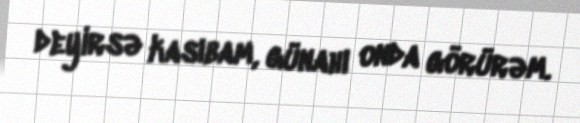
deyirsə kasıbam, günahı onda görürəm.